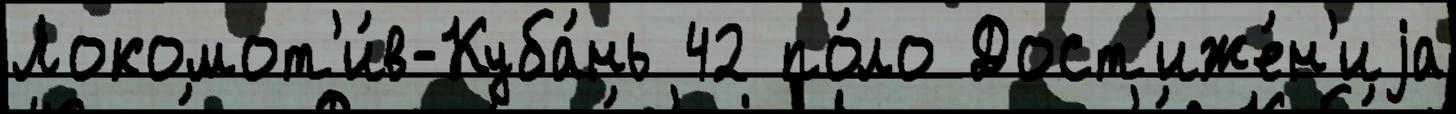
Локомот'и́в-Куба́нь 42 по́ло Дост'иже́н'иjа